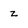
Character: z